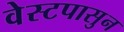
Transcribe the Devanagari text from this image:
वेस्टपासुन